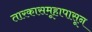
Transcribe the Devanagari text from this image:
तारकासमूहापासून